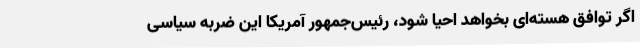
اگر توافق هسته‌ای بخواهد احیا شود، رئیس‌جمهور آمریکا این ضربه سیاسی